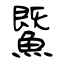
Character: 鱀